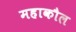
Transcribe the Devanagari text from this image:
महाकौल